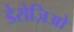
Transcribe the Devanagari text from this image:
डेरोज़िओ